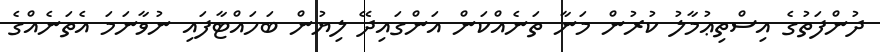
ދުންފަތުގެ އިސްތިޢުމާލު ކުރުން މަނާ ތަނެއްކަން އަންގައިދޭ ލިޔުން ބަހައްޓާފައި ނުވާނަމަ އެތަނެއްގެ